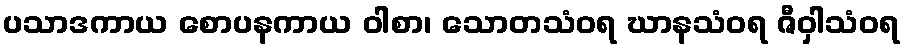
ပသာဒကာယ စောပနကာယ ဝါစာ၊ သောတသံဝရ ဃာနသံဝရ ဇီဝှါသံဝရ